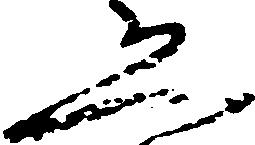
恐